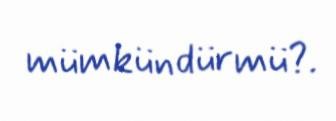
mümkündürmü?.